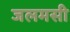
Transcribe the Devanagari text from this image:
जलमसी